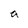
Character: a